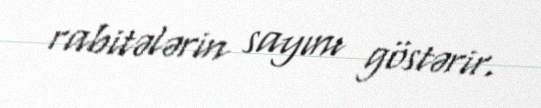
rabitələrin sayını göstərir.